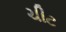
ચીટ